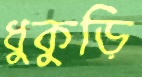
ধুকুড়ি